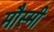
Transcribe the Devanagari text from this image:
मौस्मी